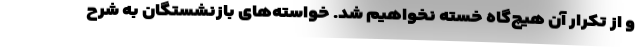
و از تکرار آن هیچ‌گاه خسته نخواهیم شد. خواسته‌های بازنشستگان به شرح